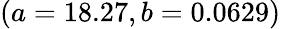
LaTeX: (a=18.27,b=0.0629)